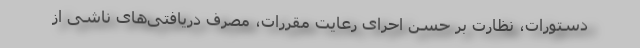
دستورات، نظارت بر حسن احرای رعایت مقررات، مصرف دریافتی‌های ناشی از